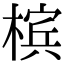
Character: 槟